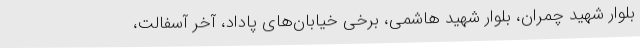
بلوار شهید چمران، بلوار شهید هاشمی، برخی خیابان‌های پاداد، آخر آسفالت،